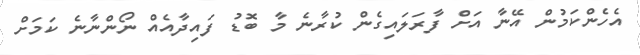
އެހެންކަމުން އޭނާ އަށް ފާރަލައިގެން ކުރާނެ މާ ބޮޑު ފައިދާއެއް ނޯންނާނެ ކަމަށް